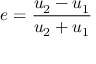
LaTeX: e = { \frac { u _ { 2 } - u _ { 1 } } { u _ { 2 } + u _ { 1 } } }